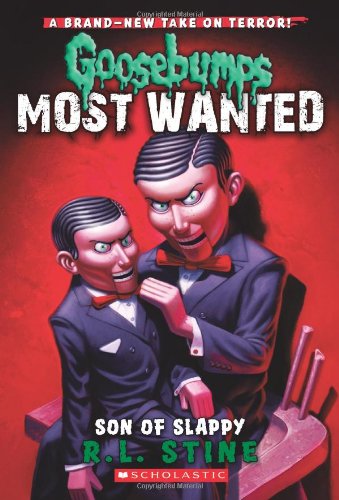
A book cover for Goosebumps Most Wanted #2: Son of Slappy; R.L Stine; Children's Books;